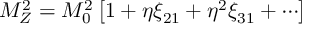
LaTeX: M _ { Z } ^ { 2 } = M _ { 0 } ^ { 2 } \left[ 1 + \eta \xi _ { 2 1 } + \eta ^ { 2 } \xi _ { 3 1 } + \cdots \right]